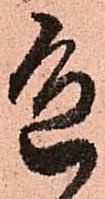
色